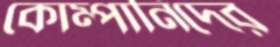
কোম্পানিদের